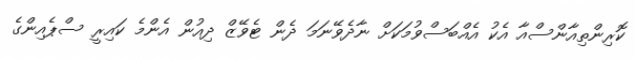
ކޮރިންތިއާންސްއާ އެކު އެއްބަސްވުމަކަށް ނާދެވޭނަމަ ދެން ޓެވޭޒް ދިއުން އެންމެ ކައިރީ ސްޕެއިންގެ